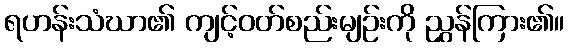
ရဟန်းသံဃာ၏ ကျင့်ဝတ်စည်းမျဉ်းကို ညွှန်ကြား၏။